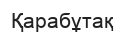
Қарабұтақ